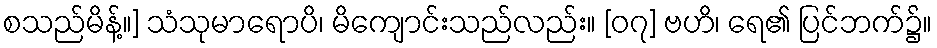
စသည်မိန့်။] သံသုမာရောပိ၊ မိကျောင်းသည်လည်း။ [၀၇] ဗဟိ၊ ရေ၏ ပြင်ဘက်၌။